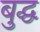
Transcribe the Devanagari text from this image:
बुद्घ